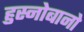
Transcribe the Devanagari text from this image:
हुस्नोबानो